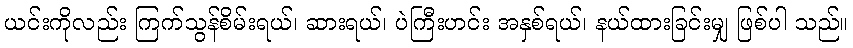
ယင်းကိုလည်း ကြက်သွန်စိမ်းရယ်၊ ဆားရယ်၊ ပဲကြီးဟင်း အနှစ်ရယ်၊ နယ်ထားခြင်းမျှ ဖြစ်ပါ သည်။